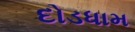
દોડધામ